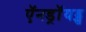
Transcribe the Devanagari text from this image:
ऍनड्रॉयड्स